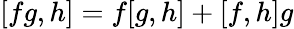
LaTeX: [fg,h]=f[g,h]+[f,h]g